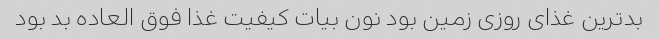
بد‌ترین غذای روزی زمین بود نون بیات کیفیت غذا فوق العاده بد بود